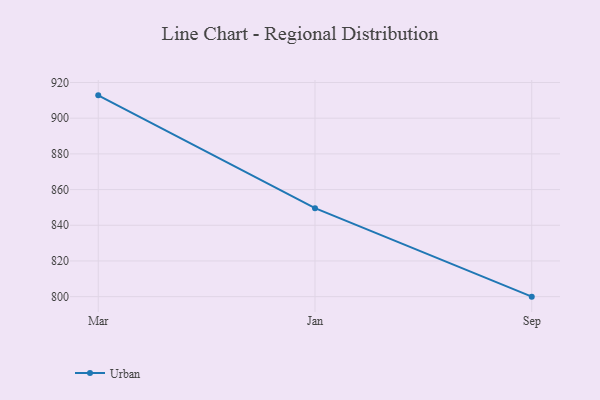
{"axis": {"x": "Month", "y": "Conversion Rate (%)"}, "legend": ["Urban"], "data": [{"x": "Mar", "y": 912.8, "type": "Urban"}, {"x": "Jan", "y": 849.6, "type": "Urban"}, {"x": "Sep", "y": 800, "type": "Urban"}]}